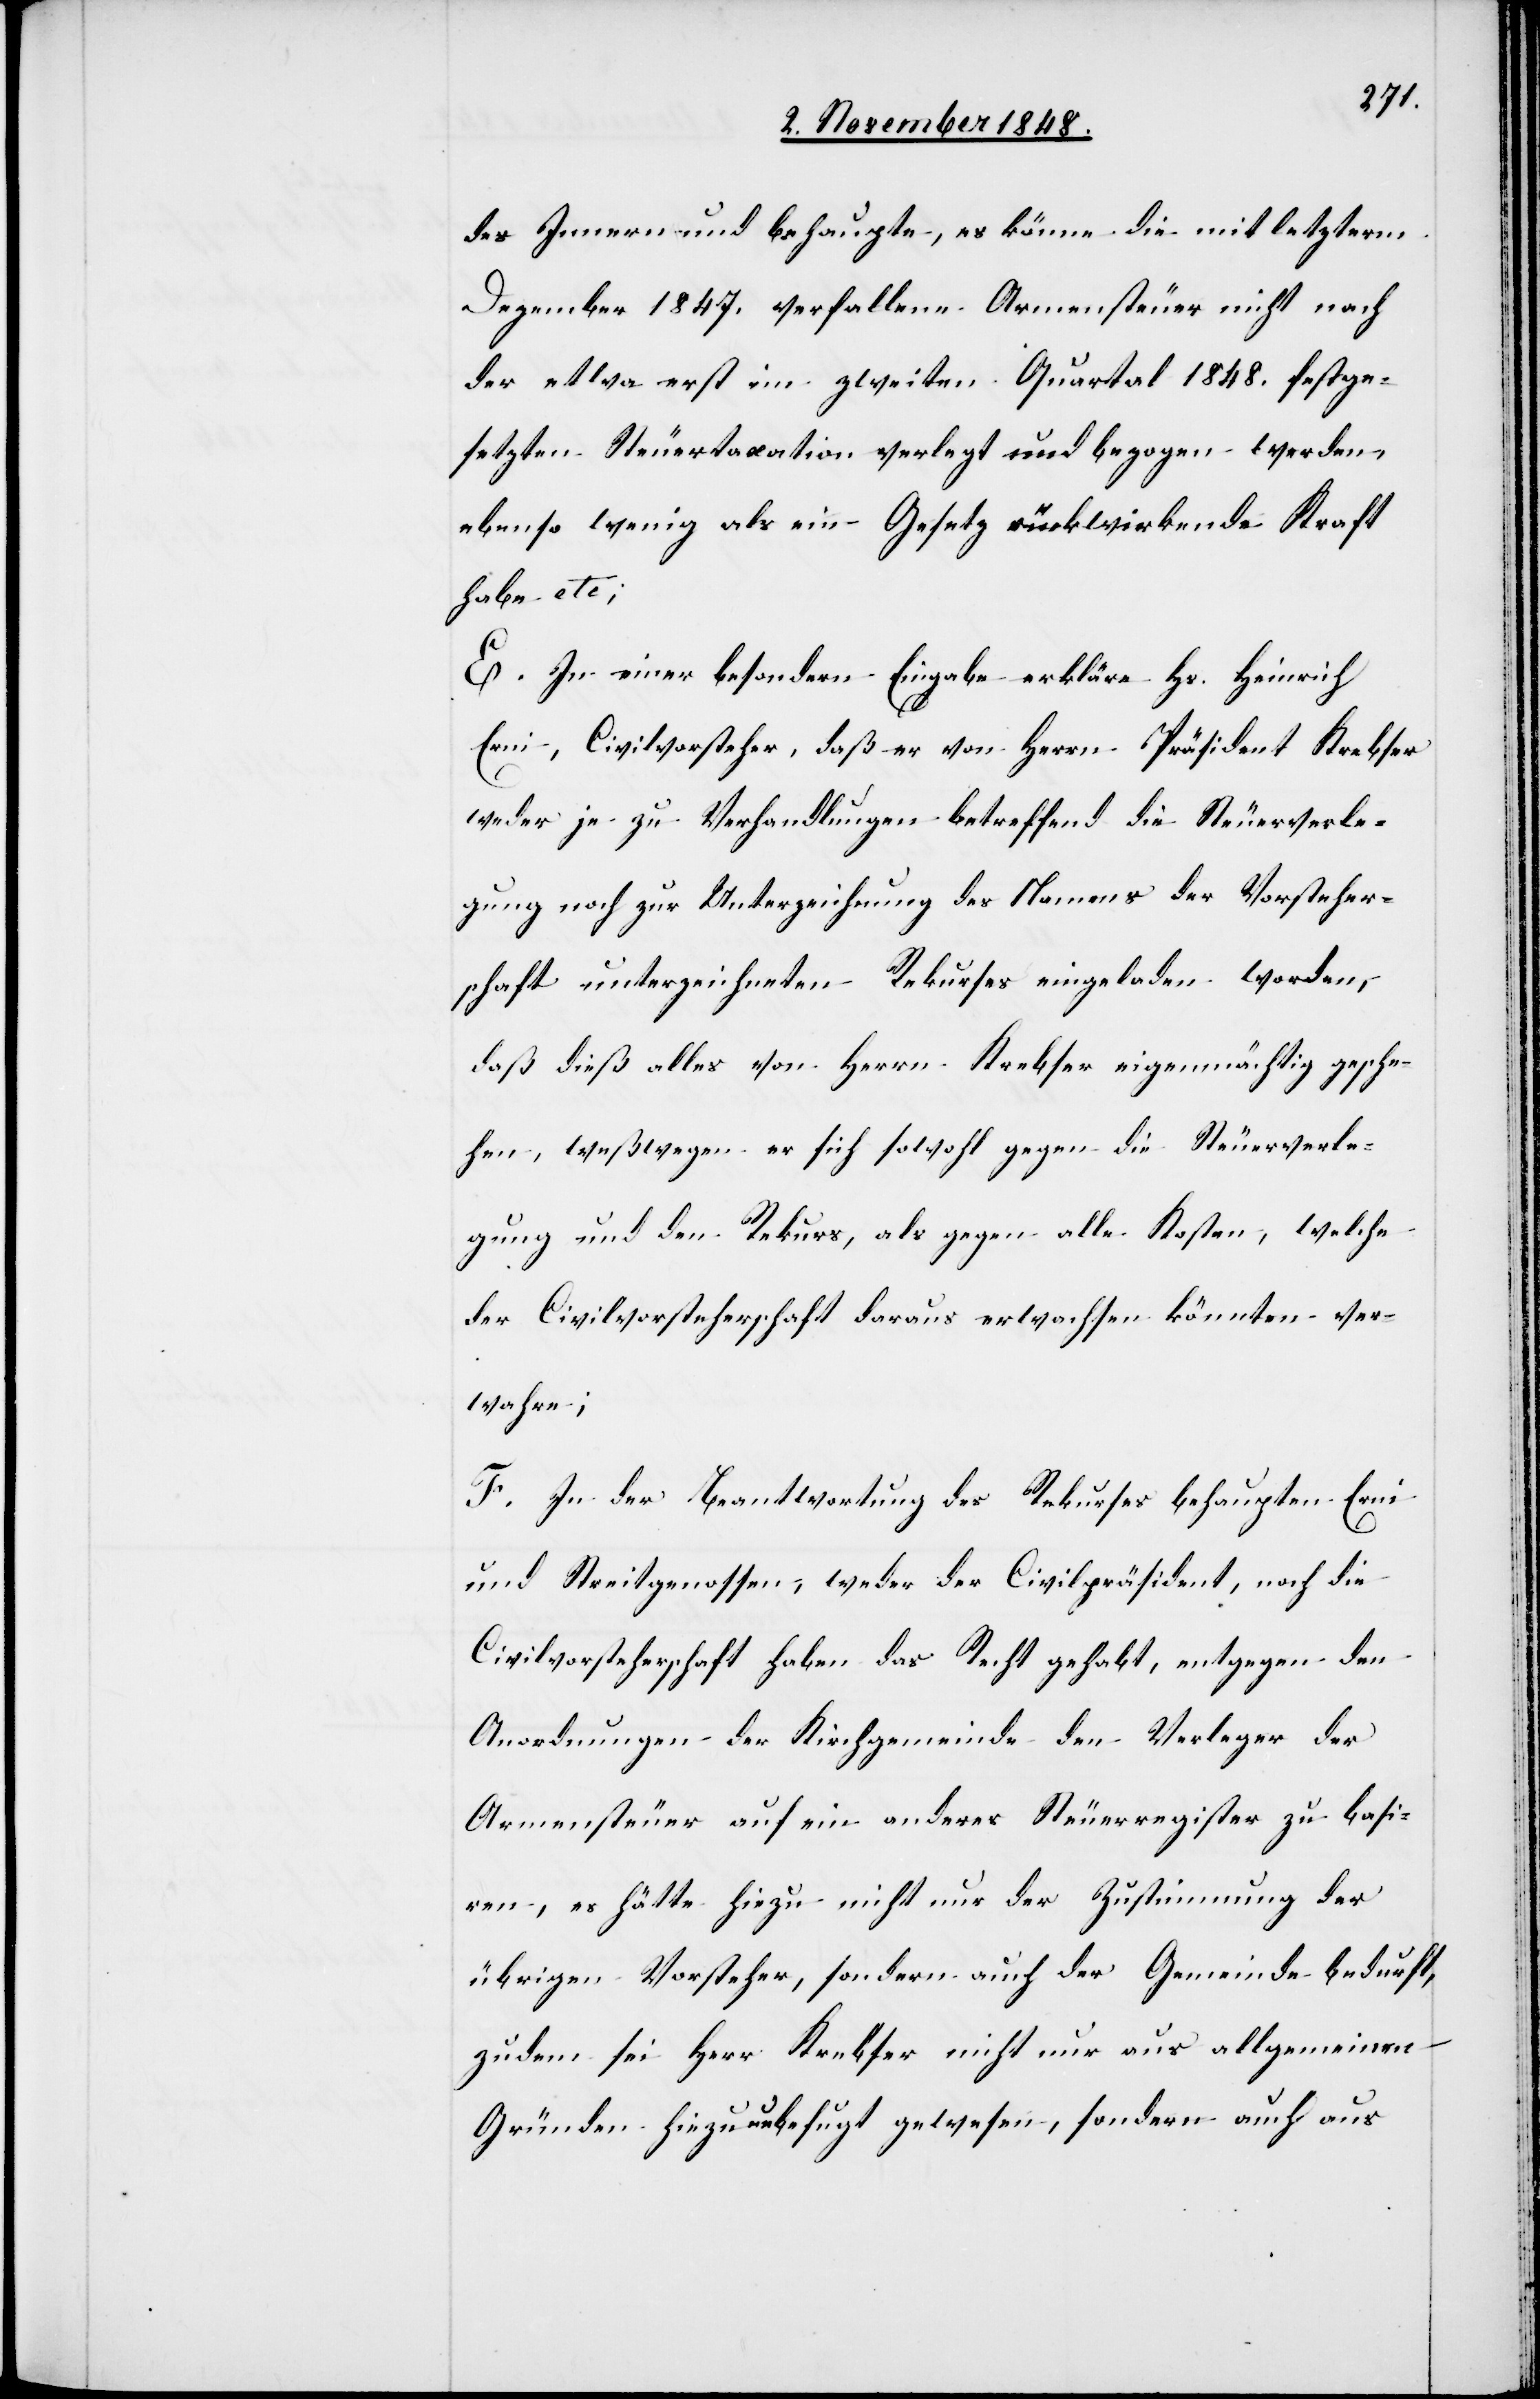
des Innern und behaupte, es könne die mit letzterm
Dezember 1847. verfallene Armensteuer nicht nach
der etwa erst im zweiten Quartal 1848. festge¬
setzten Steuertaxation verlegt und bezogen werden,
ebenso wenig als ein Gesetz rückwirkende Kraft
habe etc;
E. In einer besondern Eingabe erkläre Hs. Heinrich
Erni, Civilvorsteher, daß er von Herrn Präsident Krebser
weder je zu Verhandlungen betreffend die Steuerverle¬
gung noch zur Unterzeichnung des Namens der Vorsteher¬
schaft unterzeichneten Rekurses eingeladen worden,
daß dieß alles von Herrn Krebser eigenmächtig gesche¬
hen, weßwegen er sich sowohl gegen die Steuerverle¬
gung und den Rekurs, als gegen alle Kosten, welche
der Civilvorsteherschaft daraus erwachsen könnten ver¬
wahre;
F. In der Beantwortung des Rekurses behaupten Erni
und Streitgenossen, weder der Civilpräsident, noch die
Civilvorsteherschaft haben das Recht gehabt, entgegen den
Anordnungen der Kirchgemeinde den Verleger der
Armensteuer auf ein anderes Steuerregister zu basi¬
ren, es hätte hiezu nicht nur der Zustimmung der
übrigen Vorsteher, sondern auch der Gemeinde bedurft,
zudem sei Herr Krebser nicht nur aus allgemeinen
Gründen hiezu unbefugt gewesen, sondern auch aus